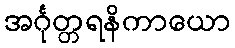
အင်္ဂုတ္တရနိကာယော